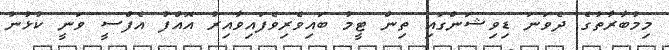
މިމުބާރާތުގެ ދެވަނަ ޑިވިޝަންގައި ތިން ޓީމު ބައިވެރިވެފައިވާއިރު އޮއްފު އެފްސީ ވަނީ ކުޅުނު